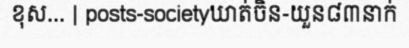
ខុស... | posts-societyឃាត់ចិន-យួន៨៣នាក់